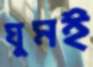
ঘুমই